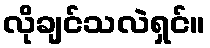
လိုချင်သလဲရှင်။